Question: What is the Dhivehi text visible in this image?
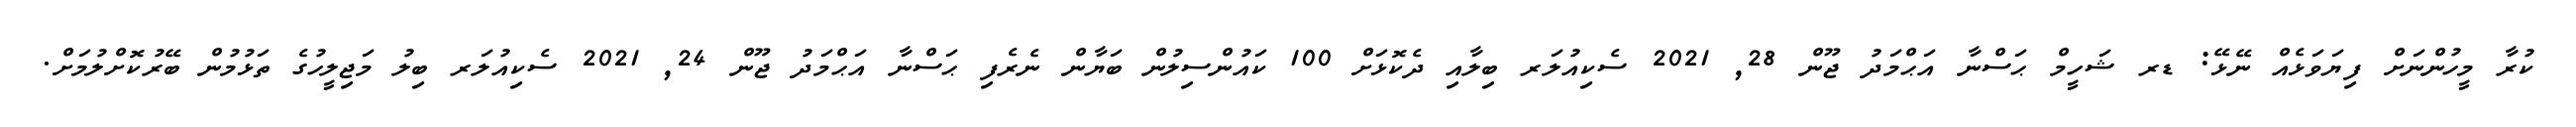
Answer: ކުރާ މީހުންނަށް ފިޔަވަޅެއް ނޭޅޭ: ޑރ ޝަހީމް ޙަސްނާ އަޙްމަދު ޖޫން 28, 2021 ސެކިއުލަރ ބިލާއި ދެކޮޅަށް 100 ކައުންސިލުން ބަޔާން ނެރެފި ޙަސްނާ އަޙްމަދު ޖޫން 24, 2021 ސެކިއުލަރ ބިލު މަޖިލީހުގެ ތަޅުމުން ބޭރުކޮށްލުމަށް.